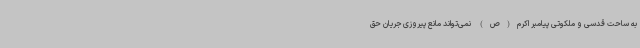
به ساحت قدسی و ملکوتی پیامبر اکرم(ص) نمی‌تواند مانع پیروزی جریان حق